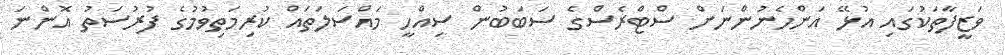
ވަޒީފާތަކުގައި އުޅޭ އަންހެނުންނަށް ސްޓްރެސްގެ ސަބަބުން ސިއްހީ މައްސަލަތައް ކުރިމަތިވުމުގެ ފުރުސަތު އޮންނަ